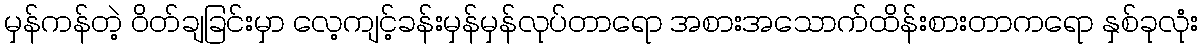
မှန်ကန်တဲ့ ဝိတ်ချခြင်းမှာ လေ့ကျင့်ခန်းမှန်မှန်လုပ်တာရော အစားအသောက်ထိန်းစားတာကရော နှစ်ခုလုံး